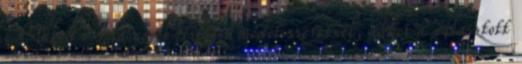
Neked Ha egyéb fizetési módot szeretnél, akkor a választott